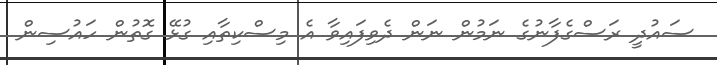
ސައުދީ ރަސްގެފާނުގެ ނަމުން ނަން ދެވިފައިވާ އެ މިސްކިތާއި ގުޅޭ ގޮތުން ހައުސިން